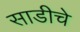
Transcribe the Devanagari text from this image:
साडीचे